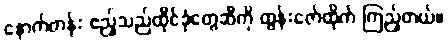
နောက်တန်း ဧည့်သည်ထိုင်ခုံတွေဆီကို ထွန်းဇော်ထိုက် ကြည့်တယ်။